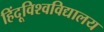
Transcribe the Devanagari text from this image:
हिंदूविश्वविद्यालय